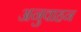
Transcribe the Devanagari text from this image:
अनुवाहन